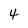
Character: 4